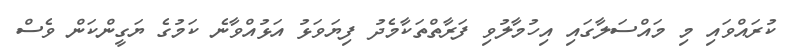
ކުރައްވައި މި މައްސަލާގައި އިހުމާލުވި ފަރާތްތަކާމެދު ފިޔަވަޅު އަޅުއްވާނެ ކަމުގެ ޔަގީންކަން ވެސް